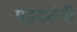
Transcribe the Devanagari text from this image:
षड्दर्शनी